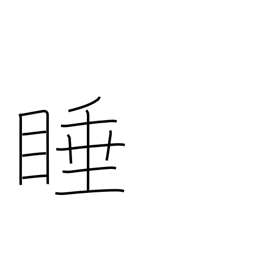
Meaning: drowsy